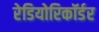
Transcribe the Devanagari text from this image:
रेडियोरिकॉर्डर